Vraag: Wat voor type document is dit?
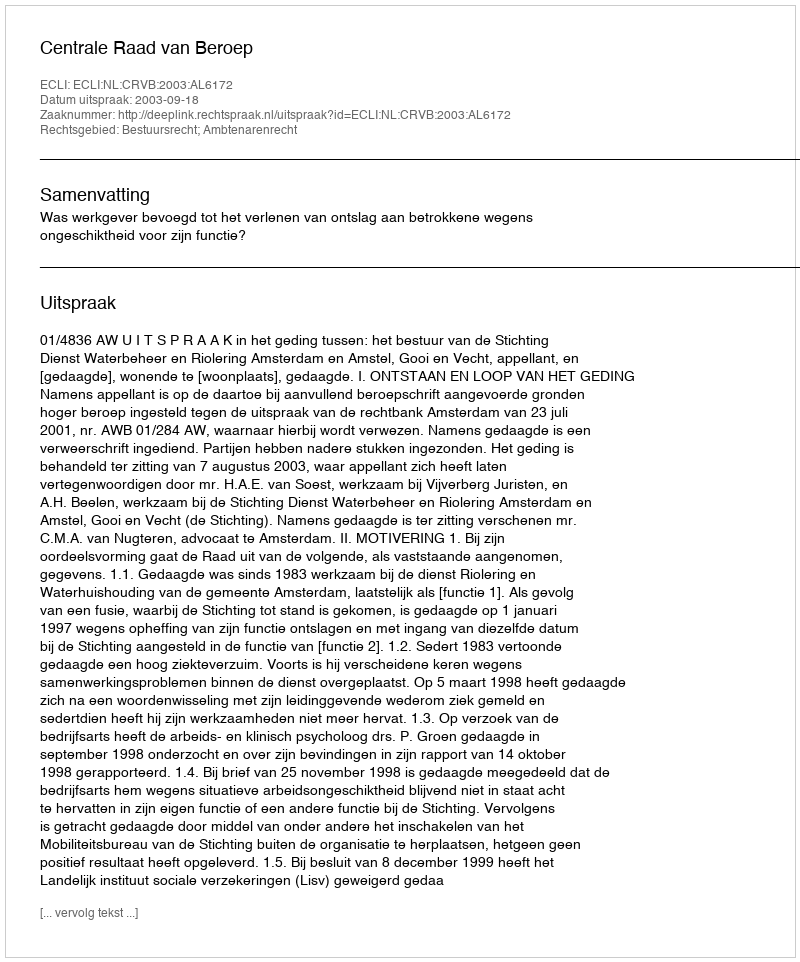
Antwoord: Uitspraak